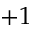
+ 1